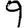
Digit: 9